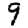
Digit: 9